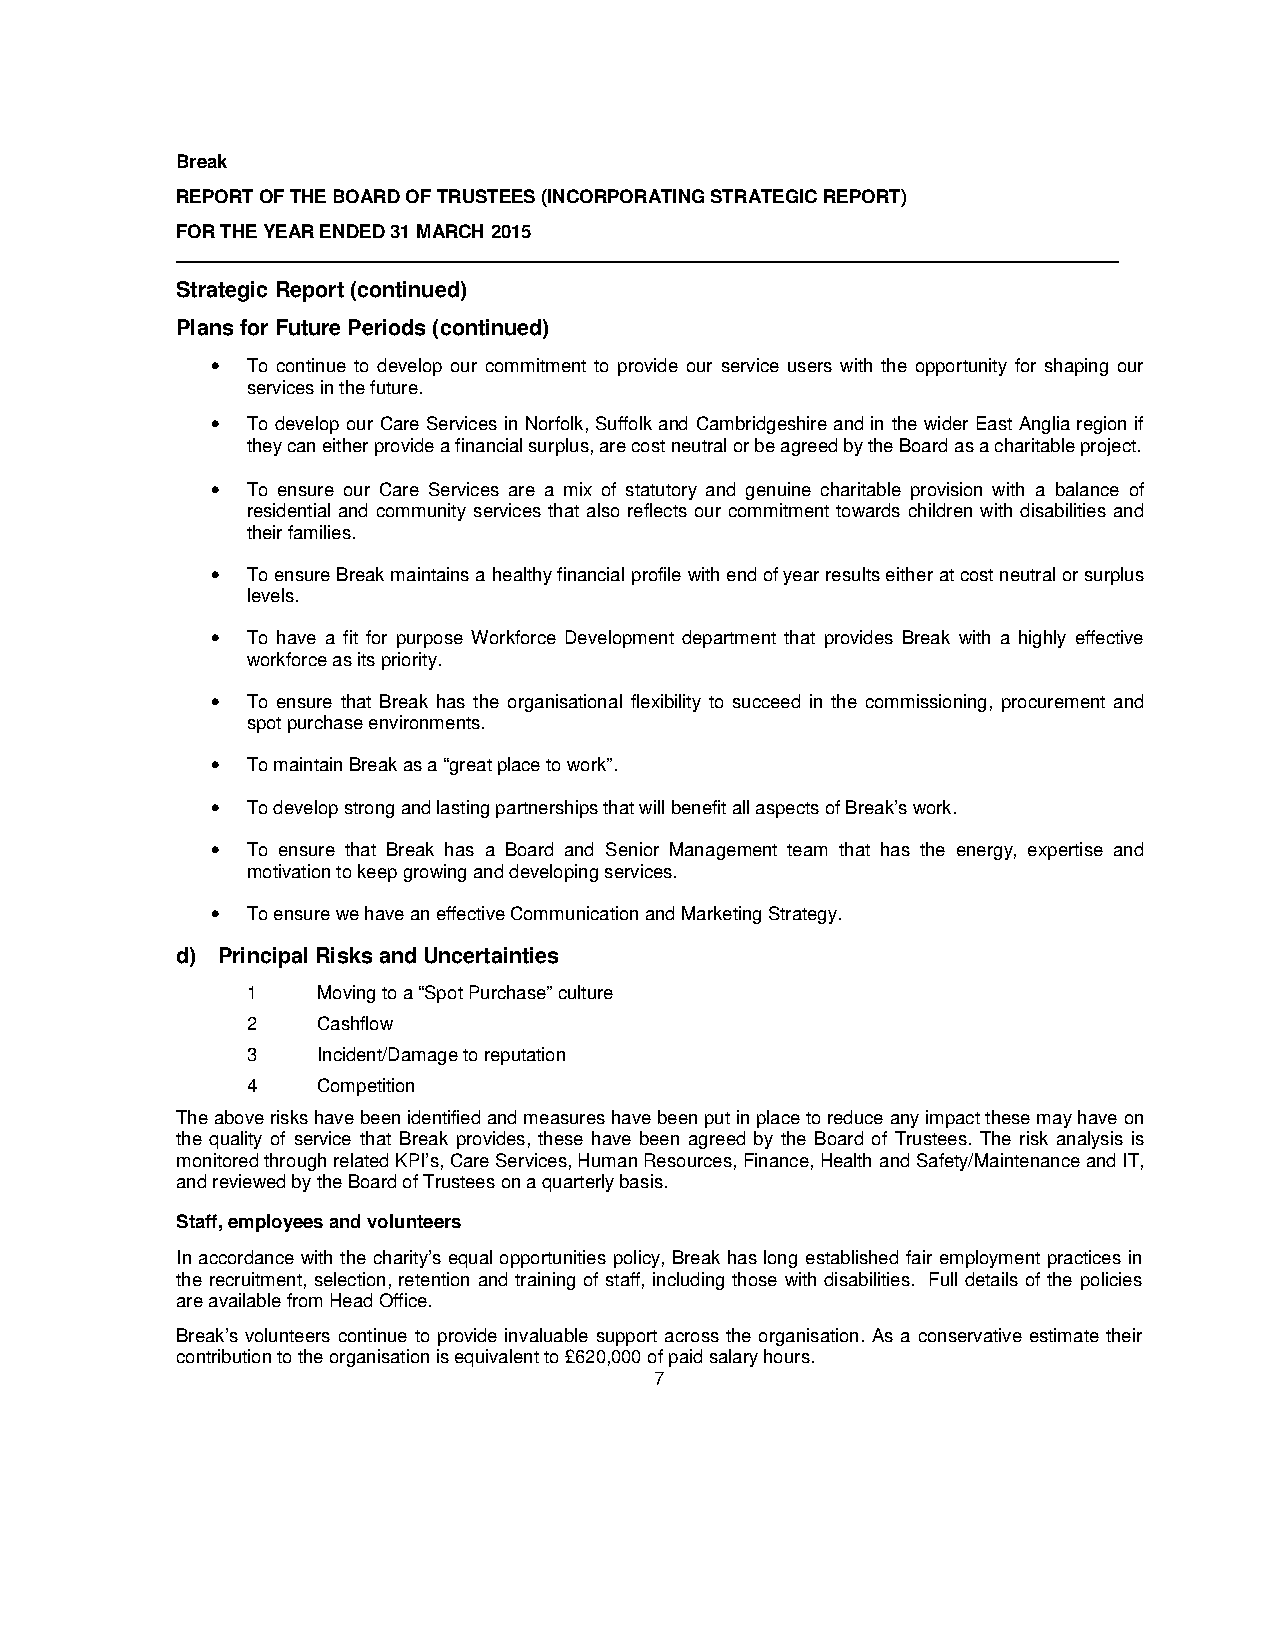
Break
 REPORT OF THE BOARD OF TRUSTEES (INCORPORATING STRATEGIC REPORT)
 FOR THE YEAR ENDED 31 MARCH 2015
 ___________________________________________________________________________________________
 Strategic Report (continued)
 Plans for Future Periods (continued)
 • To continue to develop our commitment to provide our service users with the opportunity for shaping our
 services in the future.
 • To develop our Care Services in Norfolk, Suffolk and Cambridgeshire and in the wider East Anglia region if
 they can either provide a financial surplus, are cost neutral or be agreed by the Board as a charitable project.
 • To ensure our Care Services are a mix of statutory and genuine charitable provision with a balance of
 residential and community services that also reflects our commitment towards children with disabilities and
 their families.
 • To ensure Break maintains a healthy financial profile with end of year results either at cost neutral or surplus
 levels.
 • To have a fit for purpose Workforce Development department that provides Break with a highly effective
 workforce as its priority.
 • To ensure that Break has the organisational flexibility to succeed in the commissioning, procurement and
 spot purchase environments.
 • To maintain Break as a “great place to work”.
 • To develop strong and lasting partnerships that will benefit all aspects of Break’s work.
 • To ensure that Break has a Board and Senior Management team that has the energy, expertise and
 motivation to keep growing and developing services.
 • To ensure we have an effective Communication and Marketing Strategy.
 d) Principal Risks and Uncertainties
 1    Moving to a “Spot Purchase” culture
 2    Cashflow
 3    Incident/Damage to reputation
 4    Competition
 The above risks have been identified and measures have been put in place to reduce any impact these may have on
 the quality of service that Break provides, these have been agreed by the Board of Trustees. The risk analysis is
 monitored through related KPI’s, Care Services, Human Resources, Finance, Health and Safety/Maintenance and IT,
 and reviewed by the Board of Trustees on a quarterly basis.
 Staff, employees and volunteers
 In accordance with the charity’s equal opportunities policy, Break has long established fair employment practices in
 the recruitment, selection, retention and training of staff, including those with disabilities. Full details of the policies
 are available from Head Office.
 Break’s volunteers continue to provide invaluable support across the organisation. As a conservative estimate their
 contribution to the organisation is equivalent to £620,000 of paid salary hours.
 7